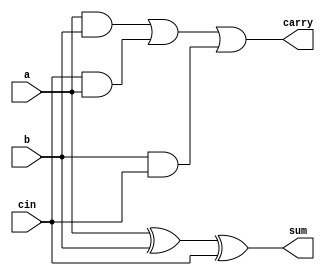
module fulladder(a,b,cin,sum,carry);
input a,b,cin;
output sum,carry;
	assign sum = (a ^ b ^ cin);
	assign carry = (a & b)|(cin & a)|(b & cin);
endmodule

module sixteenbitadder(A,B,cin,Sum);
	input [15:0] A,B;
	output [15:0] Sum;
	input cin;
	wire [15:0] c;
	fulladder f_1_0(A[0],B[0],cin,Sum[0],c[0]);
	fulladder f_1_1(A[1],B[1],c[0],Sum[1],c[1]);
	fulladder f_1_2(A[2],B[2],c[1],Sum[2],c[2]);
	fulladder f_1_3(A[3],B[3],c[2],Sum[3],c[3]);
	fulladder f_1_4(A[4],B[4],c[3],Sum[4],c[4]);
	fulladder f_1_5(A[5],B[5],c[4],Sum[5],c[5]);
	fulladder f_1_6(A[6],B[6],c[5],Sum[6],c[6]);
	fulladder f_1_7(A[7],B[7],c[6],Sum[7],c[7]);
	fulladder f_2_0(A[8],B[8],c[7],Sum[8],c[8]);
	fulladder f_2_1(A[9],B[9],c[8],Sum[9],c[9]);
	fulladder f_2_2(A[10],B[10],c[9],Sum[10],c[10]);
	fulladder f_2_3(A[11],B[11],c[10],Sum[11],c[11]);
	fulladder f_2_4(A[12],B[12],c[11],Sum[12],c[12]);
	fulladder f_2_5(A[13],B[13],c[12],Sum[13],c[13]);
	fulladder f_2_6(A[14],B[14],c[13],Sum[14],c[14]);
	fulladder f_2_7(A[15],B[15],c[14],Sum[15],c[15]);
endmodule